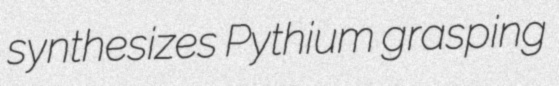
synthesizes Pythium grasping